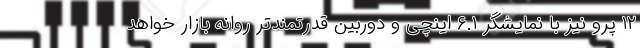
۱۲ پرو نیز با نمایشگر ۶.۱ اینچی و دوربین قدرتمندتر روانه بازار خواهد